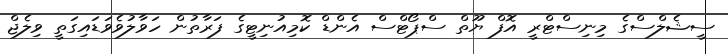
ސީޝެލްސްގެ މިނިސްޓްރީ އޮފް ޔޫތް ސްޕޯޓްސް އެންޑް ކޮމިއުނިޓީގެ ފަރާތުން ހަވާލުވެވަޑައިގަތީ ވިލެޖް